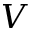
V